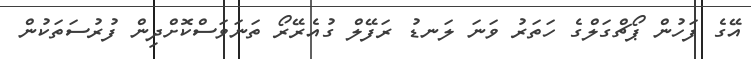
އޭގެ ފަހުން ޕޯޗްގަލްގެ ހަތަރު ވަނަ ލަނޑު ރަފޭލް ގުއެރޭރޯ ތަނަވަސްކޮށްދިން ފުރުސަތަކުން